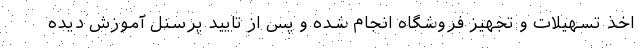
اخذ تسهیلات و تجهیز فروشگاه انجام شده و پس از تایید پرسنل آموزش دیده